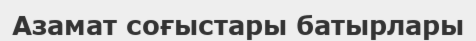
Азамат соғыстары батырлары